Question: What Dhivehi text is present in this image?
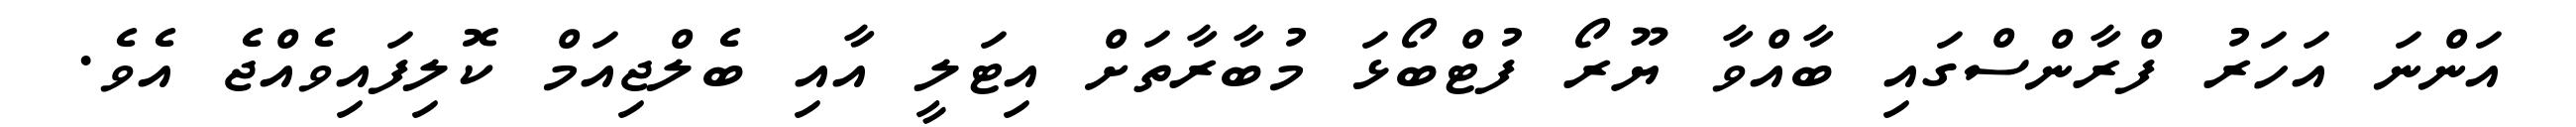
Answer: އަންނަ އަހަރު ފްރާންސްގައި ބާއްވާ ޔޫރޯ ފުޓްބޯޅަ މުބާރާތަށް އިޓަލީ އާއި ބެލްޖިއަމް ކޮލިފައިވެއްޖެ އެވެ.